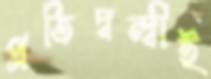
প্রতিদ্বন্দ্বীই